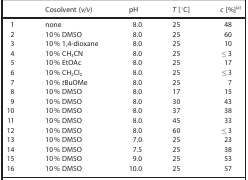
|  | Cosolvent (v/v) | pH | T [°C] | c [%][a] |
 | --- | --- | --- | --- | --- |
 | 1 | none | 8.0 | 25 | 48 |
 | 2 | 10 % DMSO | 8.0 | 25 | 60 |
 | 3 | 10 % 1,4‐dioxane | 8.0 | 25 | 10 |
 | 4 | 10 % CH3CN | 8.0 | 25 | ≤3 |
 | 5 | 10 % EtOAc | 8.0 | 25 | 17 |
 | 6 | 10 % CH2Cl2 | 8.0 | 25 | ≤3 |
 | 7 | 10 % tBuOMe | 8.0 | 25 | 7 |
 | 8 | 10 % DMSO | 8.0 | 17 | 15 |
 | 9 | 10 % DMSO | 8.0 | 30 | 43 |
 | 10 | 10 % DMSO | 8.0 | 37 | 38 |
 | 11 | 10 % DMSO | 8.0 | 45 | 33 |
 | 12 | 10 % DMSO | 8.0 | 60 | ≤3 |
 | 13 | 10 % DMSO | 7.0 | 25 | 23 |
 | 14 | 10 % DMSO | 7.5 | 25 | 38 |
 | 15 | 10 % DMSO | 9.0 | 25 | 53 |
 | 16 | 10 % DMSO | 10.0 | 25 | 57 |